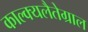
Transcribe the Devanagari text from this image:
काल्क्यलैतेग्राल